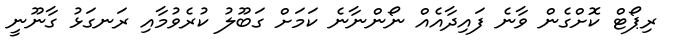
ރިޕޯޓް ކޮށްގެން ވާނެ ފައިދާއެއް ނޯންނާނެ ކަމަށް ގަބޫލު ކުރެވުމާއި ރަނގަޅު ގާނޫނީ